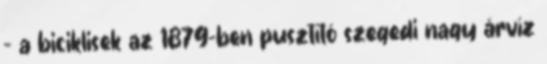
– a biciklisek az 1879-ben pusztító szegedi nagy árvíz